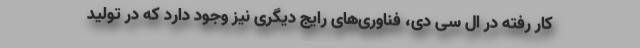
کار رفته در ال سی دی، فناوری‌های رایج دیگری نیز وجود دارد که در تولید